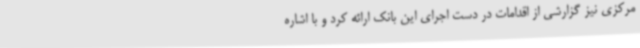
مرکزی نیز گزارشی از اقدامات در دست اجرای این بانک ارائه کرد و با اشاره